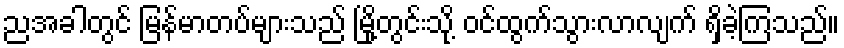
ညအခါတွင် မြန်မာတပ်များသည် မြို့တွင်းသို့ ဝင်ထွက်သွားလာလျက် ရှိခဲ့ကြသည်။